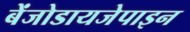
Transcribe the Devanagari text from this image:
बेंजोडायजेपाइन